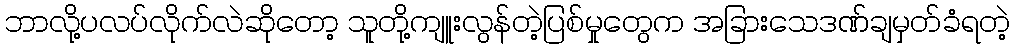
ဘာလို့ပလပ်လိုက်လဲဆိုတော့ သူတို့ကျူးလွန်တဲ့ပြစ်မှုတွေက အခြားသေဒဏ်ချမှတ်ခံရတဲ့